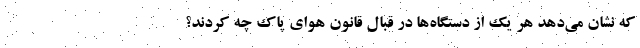
که نشان می‌دهد هر یک از دستگاه‌ها در قبال قانون هوای پاک چه کردند؟